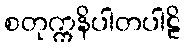
စတုက္ကနိပါတပါဠိ